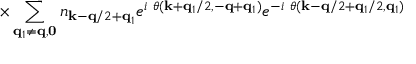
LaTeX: \times \sum _ { { \bf { q } } _ { 1 } \neq { \bf { q } } , { \bf { 0 } } } n _ { { \bf { k } } - { \bf { q } } / 2 + { \bf { q } } _ { 1 } } e ^ { i \mathrm { ~ } \theta ( { \bf { k } } + { \bf { q } } _ { 1 } / 2 , - { \bf { q } } + { \bf { q } } _ { 1 } ) } e ^ { - i \mathrm { ~ } \theta ( { \bf { k } } - { \bf { q } } / 2 + { \bf { q } } _ { 1 } / 2 , { \bf { q } } _ { 1 } ) }